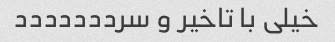
خیلی با تاخیر و سرددددددد